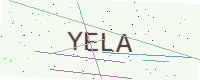
Text: YELA